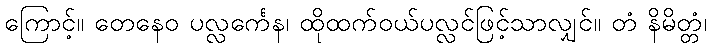
ကြောင့်။ တေနေဝ ပလ္လင်္ကေန၊ ထိုထက်ဝယ်ပလ္လင်ဖြင့်သာလျှင်။ တံ နိမိတ္တံ၊